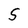
Character: 5